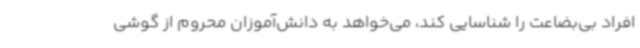
افراد بی‌بضاعت را شناسایی کند، می‌خواهد به دانش‌آموزان محروم از گوشی